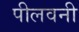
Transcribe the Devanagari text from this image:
पीलवनी